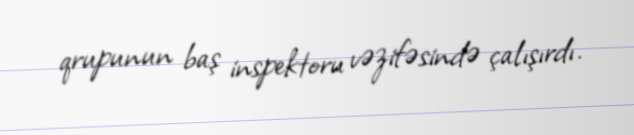
qrupunun baş inspektoru vəzifəsində çalışırdı.